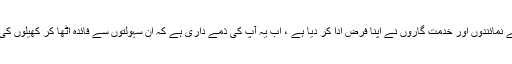
انھوں نے مسرت کا اظہار کیا کہ اس شہر کے نمائندوں اور خدمت گاروں نے اپنا فرض ادا کر دیا ہے ، اب یہ آپ کی ذمے داری ہے کہ ان سہولتوں سے فائدہ اٹھا کر کھیلوں کی دنیا میں پاکستان کا جھنڈا سر بلند کر یں گے۔